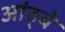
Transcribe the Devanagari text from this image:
आंठ्वे